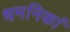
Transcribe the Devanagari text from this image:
धमनिकां